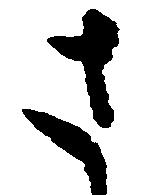
さ